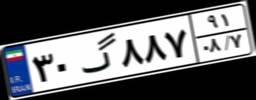
۷۱گ۳۲۶۳۰